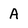
Character: A